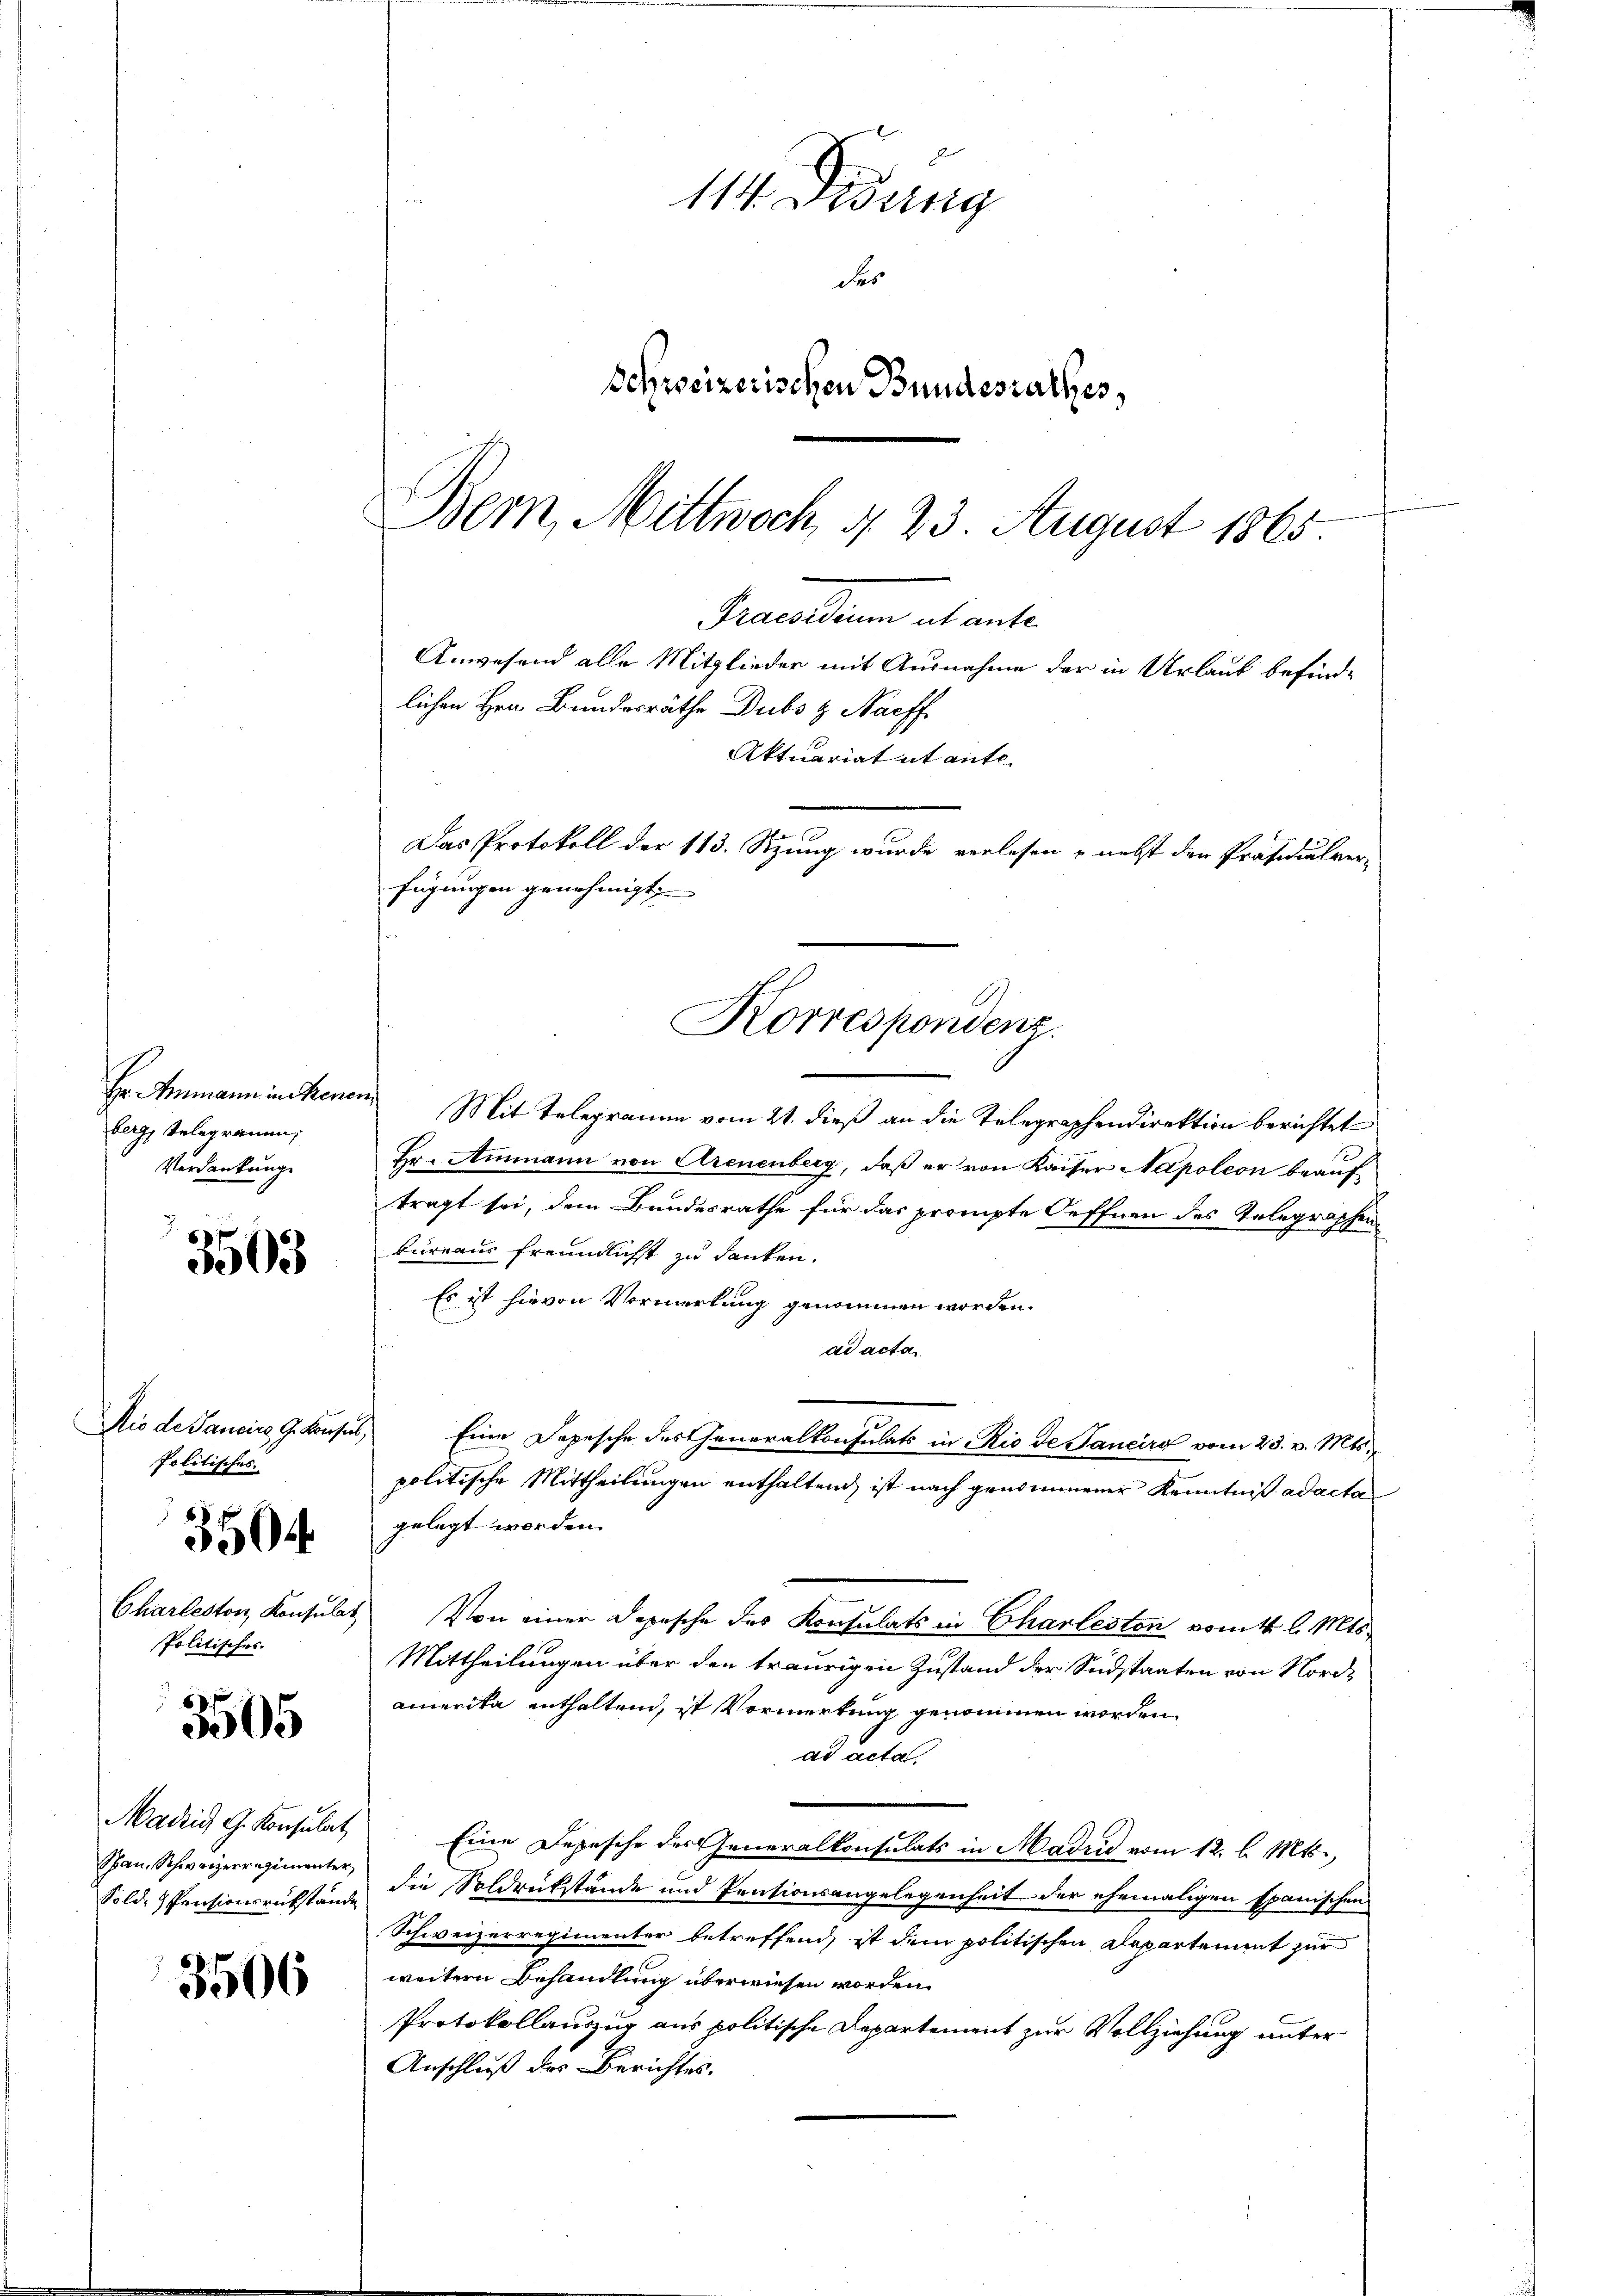
Hr. Ammann in strene
berg, Telegrauen,
Verdankung

3503

Die de Sancire G. Kons
Politisches

Charleston, Konsulat
Politisches.

3504

3505

Madrid G. Konsulat
Span, Schweizerregimenter
Solde Pensionsrükstände

3506

114 Aug
des
Schweizerischen Bundesrathes,

Bern, Mittwoch § 23 August 1865.
lichen Hrn. Bundesräthe Dubs z. Nachf
Aktuariat ut ante-
Das Protokoll der 113. Sizung wurde verlesen - nebst den Präsidiulver-
fügungen genehmigt,
Korrespondenz.

Praesidium ut ante
Anwesend alle Mitglieder mit Ausnahme der in Urlauf befind¬

14.
Mit Telegramm vom 21. dieß an die Telegraphendirektion berichtet
Hr. Ammann von Arenenberg, daß er von Kaiser Napoleon beauf
tragt sei, dem Bundesrathe für das prompte Oeffnen des Telegraphen
bureaus freundlichst zu danken.
Es ist hievon Vormerkung genommen worden.
ad acta
) Eine Depesche des Generalkonsulats in Rio de Sanciro vom 23. v. Mts.
politische Mittheilungen enthaltend, ist nach genommener Kenntniß ad acta
gelegt worden.
Von einer Depesche des Konsulats in Charlesten vom t l. Mts.
Mittheilungen über den traurigen Zustand der Südstaaten von Nordamerika enthaltend, ist Vormerkung genommen worden.
ad acta
Eine Depesche des eneralkonsulats in Madrid vom 12. l. Mts.,
die Soldrückstände und Pensionsangelegenheit der ehemaligen spanischen
Schweizerregimenter betreffend, ist dem politischen Departement zur
weitern Behandlung überwiesen worden.
Protokollauszug aus politische Departement zur Vollziehung unter
Anschluß des Berichtes.